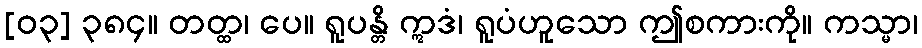
[၀၃] ၃၈၄။ တတ္ထ၊ ပေ။ ရူပန္တိ ဣဒံ၊ ရူပံဟူသော ဤစကားကို။ ကသ္မာ၊